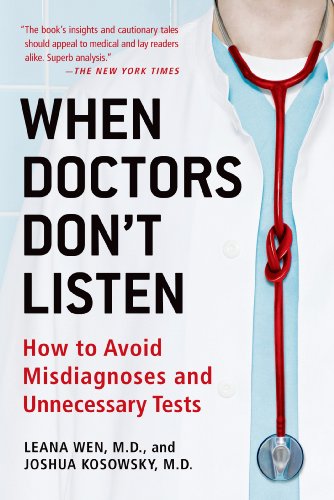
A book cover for When Doctors Don't Listen: How to Avoid Misdiagnoses and Unnecessary Tests; Leana Wen; Medical Books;